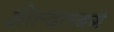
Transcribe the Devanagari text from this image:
ओल्दनबर्ग